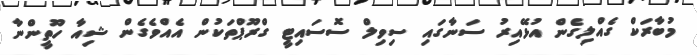
މުބާރަކް ގެއްލިގެން އުޅޭއިރު ސަނާގައި ސިވިލް ސޮސައިޓީ ގްރޫޕްތަކުން އެއްވެގެން ޝިއާ ހޫތީންނާ